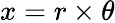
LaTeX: x=r\times\theta